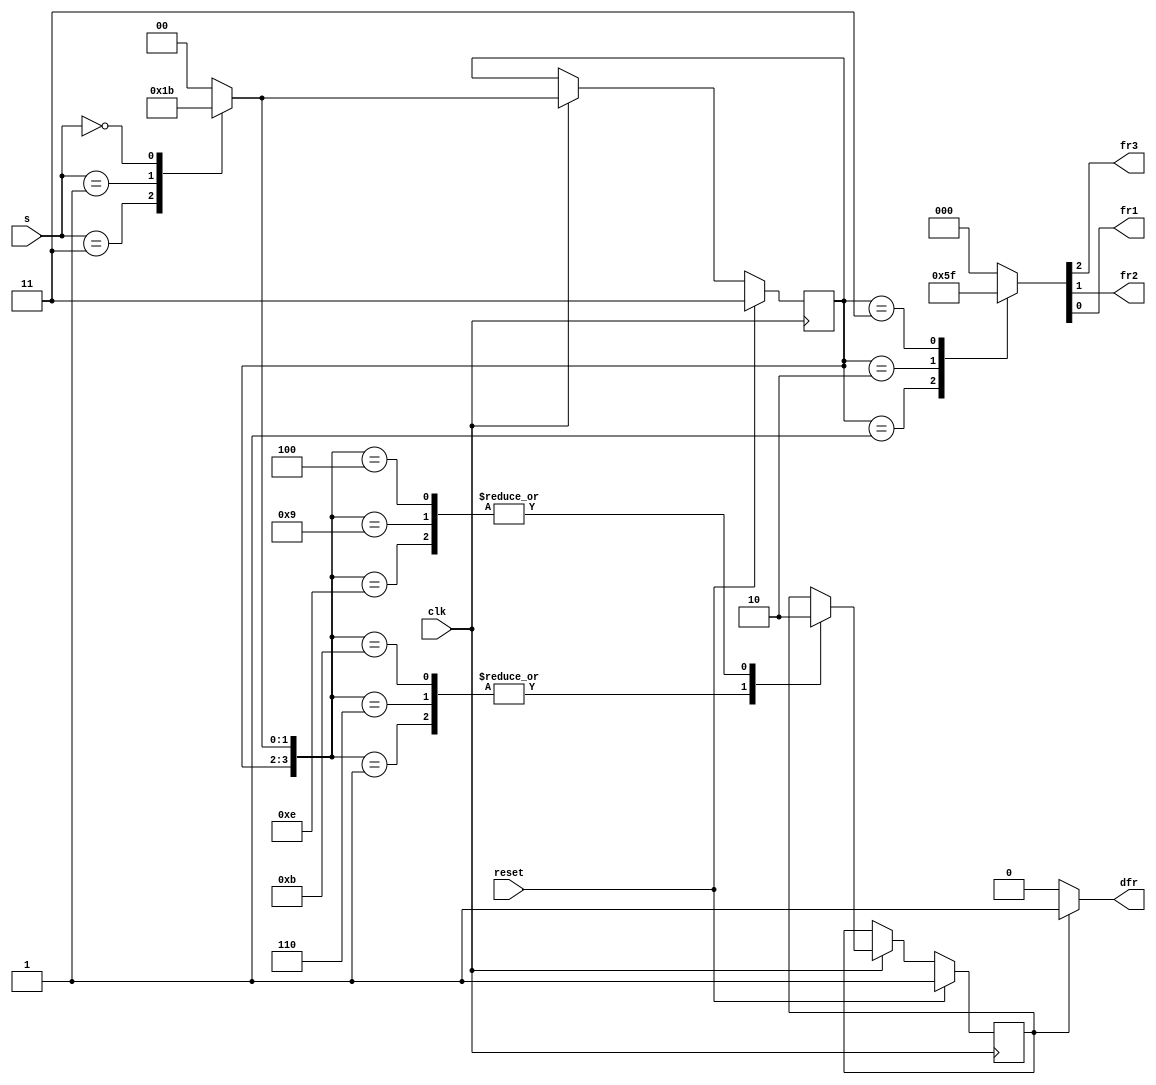
/*

Copyright 2022 Marc Ketel
SPDX-License-Identifier: Apache-2.0

*/

`default_nettype none

module top_module (
    input wire clk,
    input wire reset,
    input wire [3:1] s,  //Water level
    output reg fr3,
    output reg fr2,
    output reg fr1,
    output reg dfr
);

  parameter FLOW_L0 = 2'h0;
  parameter FLOW_L1 = 2'h1;
  parameter FLOW_L2 = 2'h2;
  parameter FLOW_L3 = 2'h3;
  parameter FLOW_SUPPLEMENTAL_OFF = 1'b0;
  parameter FLOW_SUPPLEMENTAL_ON = 1'b1;

  parameter WATER_LEVEL_NO = 3'b000;
  parameter WATER_LEVEL_LOW = 3'b001;
  parameter WATER_LEVEL_MEDIUM = 3'b011;
  parameter WATER_LEVEL_HIGH = 3'b111;

  reg [1:0] state_flowrate, next_state_flowrate;
  reg state_flowrate_supplemental, next_state_flowrate_supplemental;

  //Determine next state.
  always @(*) begin
    case (s)
      WATER_LEVEL_HIGH : next_state_flowrate = FLOW_L0;
      WATER_LEVEL_MEDIUM : next_state_flowrate = FLOW_L1;
      WATER_LEVEL_LOW : next_state_flowrate = FLOW_L2;
      WATER_LEVEL_NO : next_state_flowrate = FLOW_L3;
      default: next_state_flowrate = FLOW_L0;
    endcase

    case({state_flowrate, next_state_flowrate})
      {FLOW_L0, FLOW_L1}: next_state_flowrate_supplemental = FLOW_SUPPLEMENTAL_ON;
      {FLOW_L1, FLOW_L2}: next_state_flowrate_supplemental = FLOW_SUPPLEMENTAL_ON;
      {FLOW_L2, FLOW_L3}: next_state_flowrate_supplemental = FLOW_SUPPLEMENTAL_ON;

      {FLOW_L3, FLOW_L2}: next_state_flowrate_supplemental = FLOW_SUPPLEMENTAL_OFF;
      {FLOW_L2, FLOW_L1}: next_state_flowrate_supplemental = FLOW_SUPPLEMENTAL_OFF;
      {FLOW_L1, FLOW_L0}: next_state_flowrate_supplemental = FLOW_SUPPLEMENTAL_OFF;
      default: next_state_flowrate_supplemental = state_flowrate_supplemental;
    endcase
  end

  //State transition.
  always @(posedge clk) begin
    if (reset) begin
      state_flowrate <= FLOW_L3;
      state_flowrate_supplemental <= FLOW_SUPPLEMENTAL_ON;
    end else if (clk) begin
      state_flowrate <= next_state_flowrate;
      state_flowrate_supplemental <= next_state_flowrate_supplemental;
    end
  end

  //Determine output.
  always @(*) begin
    case (state_flowrate)
      FLOW_L1: {fr3, fr2, fr1} = 3'b001;
      FLOW_L2: {fr3, fr2, fr1} = 3'b011;
      FLOW_L3: {fr3, fr2, fr1} = 3'b111;
      default:  {fr3, fr2, fr1} = 3'b000;
    endcase

    case (state_flowrate_supplemental)
      FLOW_SUPPLEMENTAL_ON: dfr = 1'b1;
      default: dfr = 1'b0;
    endcase
  end
endmodule